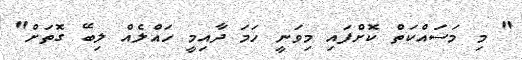
" މި މަސައްކަތް ކޮށްފައި މިވަނީ ހަމަ ދާއިމީ ހައްލެއް ލިބޭ ގޮތަށް"